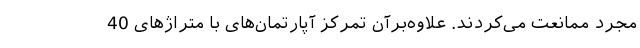
مجرد ممانعت می‌کردند. علاوه‌برآن تمرکز آپارتمان‌های با متراژهای 40